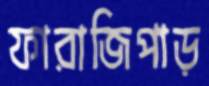
ফারাজিপাড়